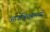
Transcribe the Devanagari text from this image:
आउश्वित्झमध्ये